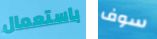
باستعمال سوف